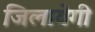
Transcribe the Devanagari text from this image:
जिलायेगी